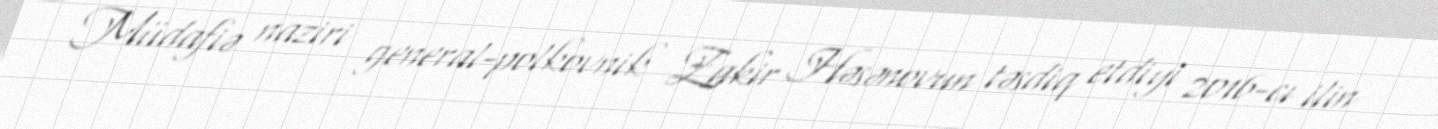
Müdafiə naziri general-polkovnik Zakir Həsənovun təsdiq etdiyi 2016-cı ilin